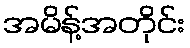
အမိန့်အတိုင်း